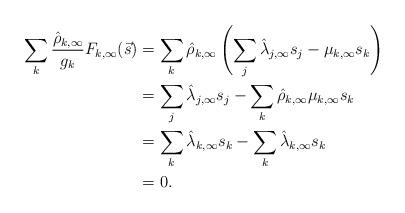
LaTeX: \begin{align*} \sum_k\frac{\hat{\rho}_{k,\infty}}{g_k} F_{k,\infty}(\vec{s}) &= \sum_k \hat{\rho}_{k,\infty} \left( \sum_j \hat{\lambda}_{j,\infty}s_j - \mu_{k,\infty}s_k\right) \\ &= \sum_j \hat{\lambda}_{j,\infty}s_j - \sum_k \hat{\rho}_{k,\infty}\mu_{k,\infty} s_k \\ &= \sum_k \hat{\lambda}_{k,\infty}s_k - \sum_k \hat{\lambda}_{k,\infty}s_k \\ &= 0.\end{align*}